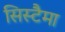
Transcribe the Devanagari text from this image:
सिस्टैमा